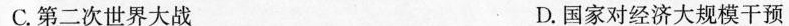
C.第二次世界大战 D.国家对经济大规模干预